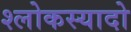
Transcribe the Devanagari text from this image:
श्लोकस्यादो